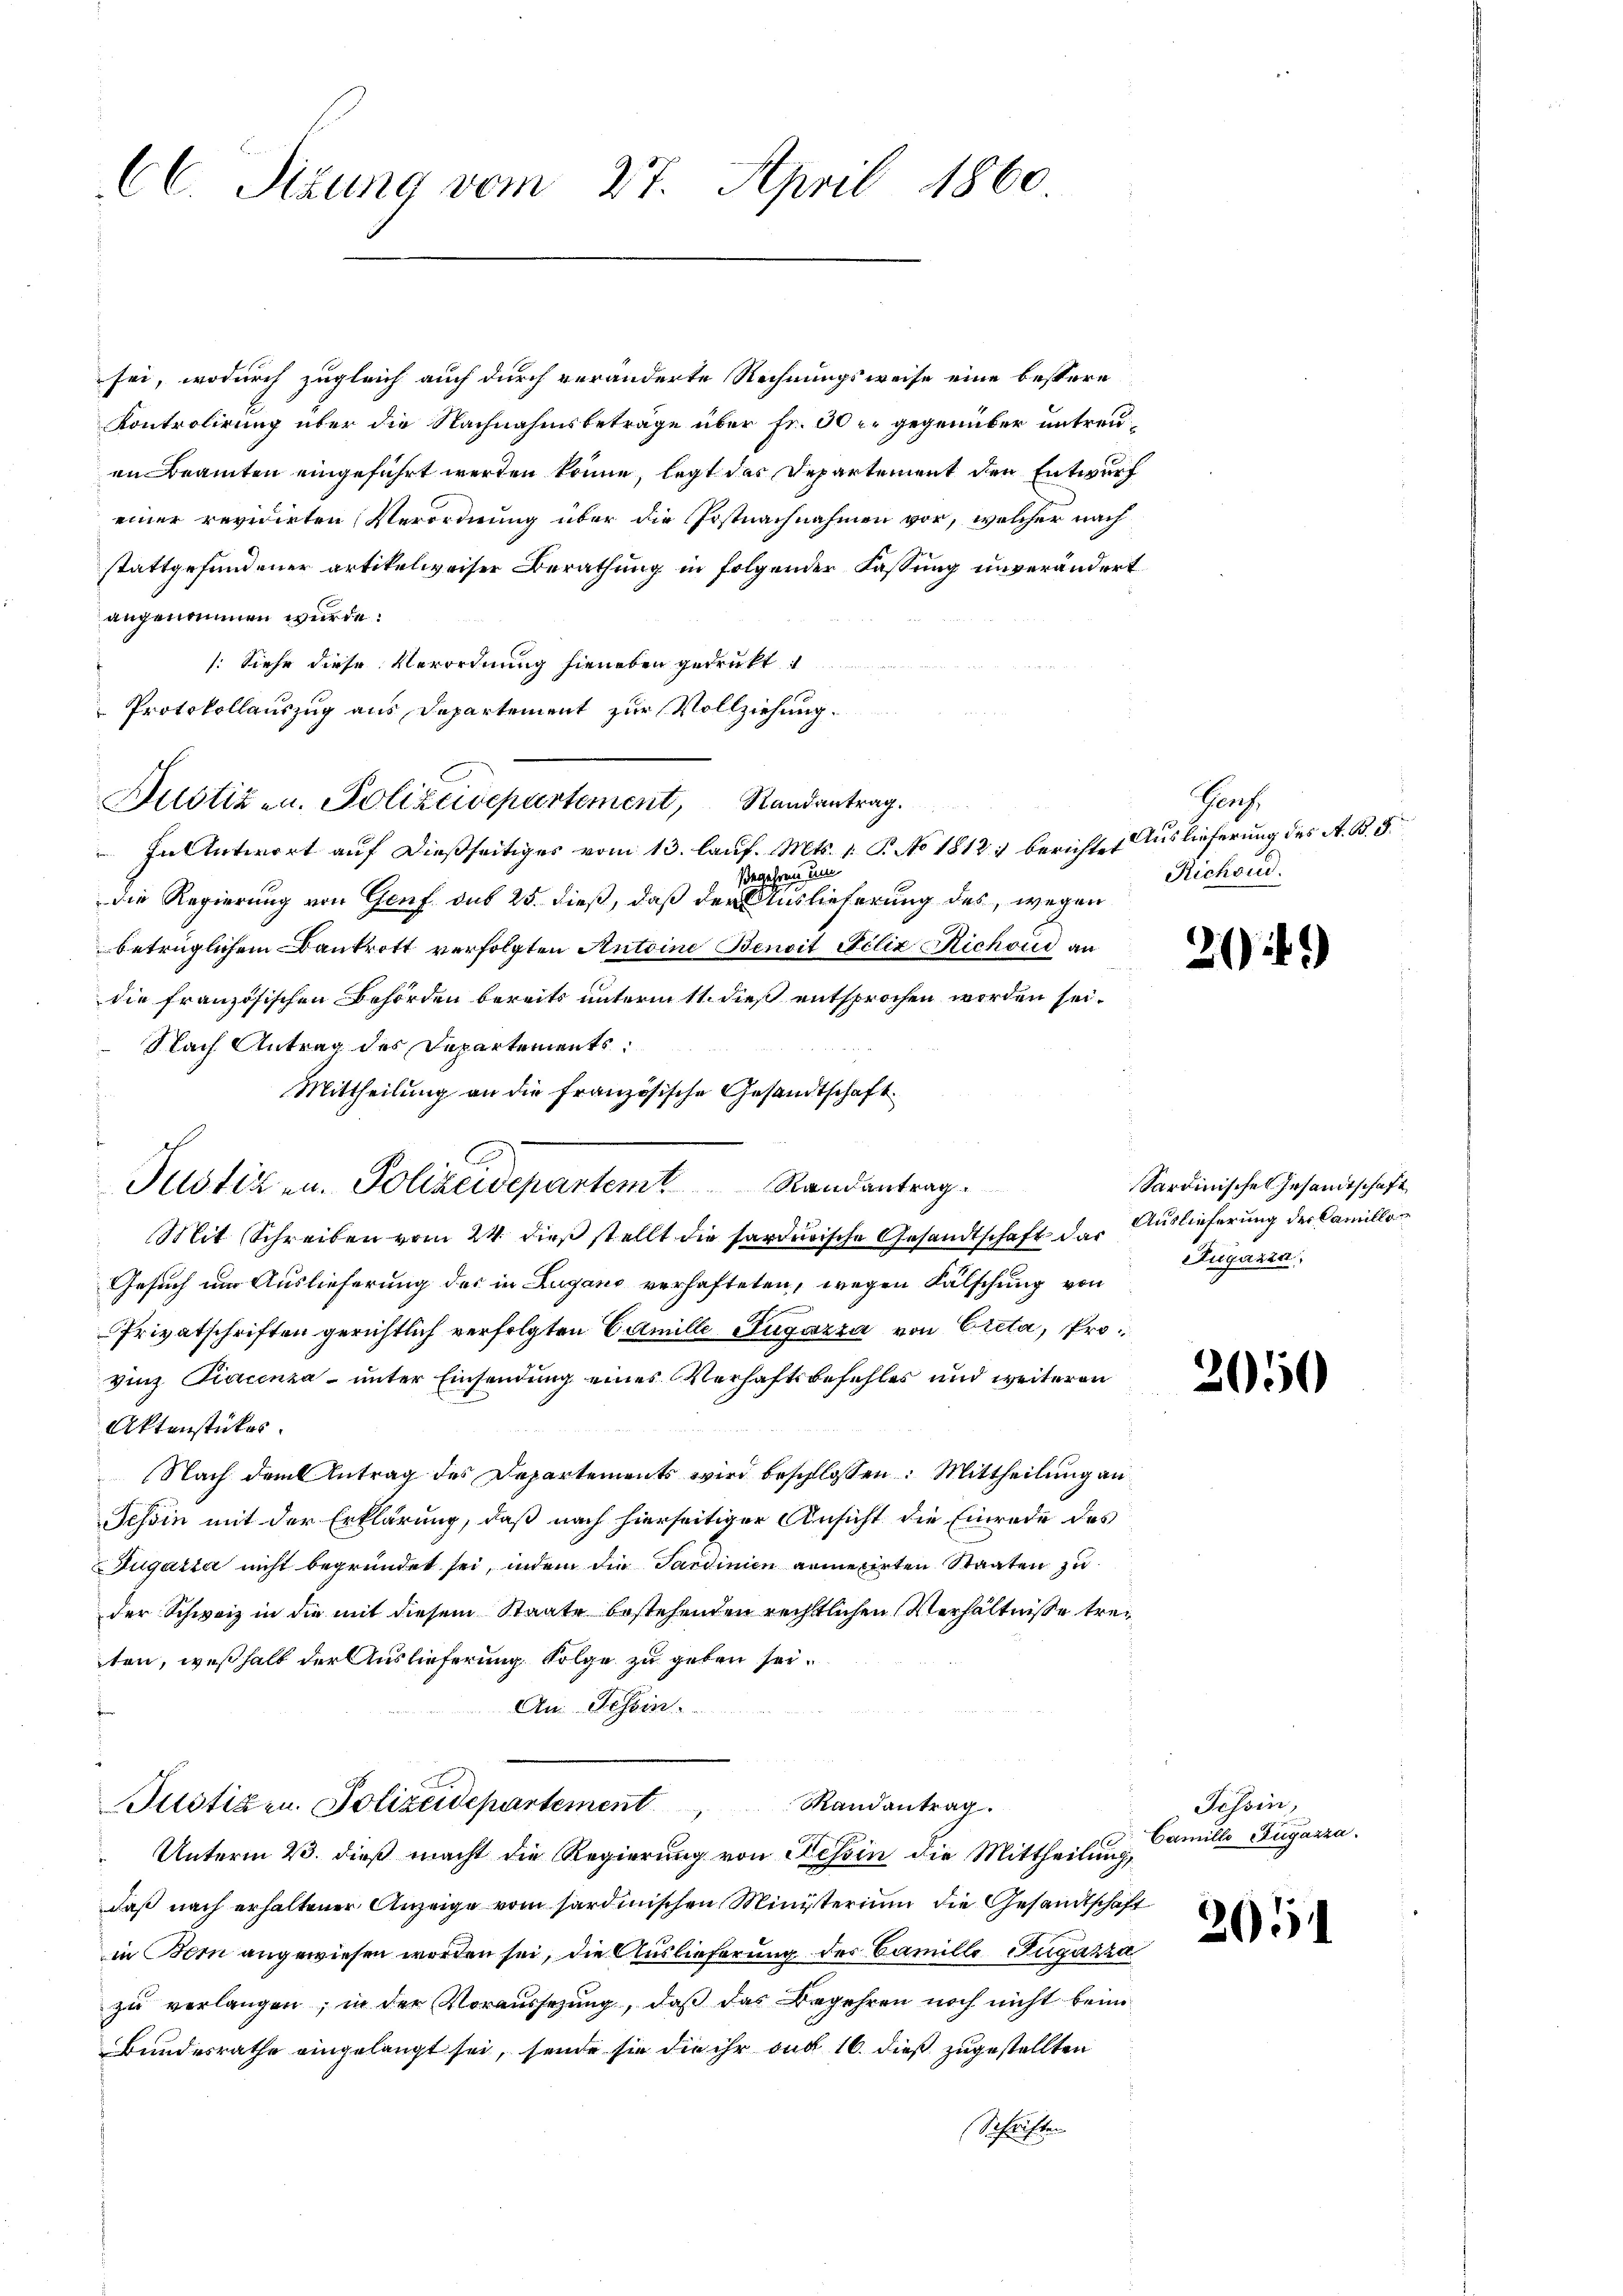
CC. Sitzung vom 27. April 1860

sei, wodurch zugleich auch durch veränderte Rechnungsweise eine bestere
Kontrolirung über die Nachnahmsbeträge über Fr. 30 r. gegenüber untreuen Beamten eingeführt werden könne, legt das Departement den Entwurf
einer revidirten Verordnung über die Postnachnahmen vor, welcher nach
stattgefundener artikelweiser Berathung in folgender Fassung unverändert
angenommen wurde.
: Siehe diese Verordnung hieneben gedrukt
Protokollauszug aus Departement zur Vollziehung.
Justiz- u. Polizeisepartement, Randantrag.
 In Antwort auf dießseitiges vom 13. lauf. Mts. 1. P. No 1812 : berichte Auslieferung des A. B. 5.
Begehren um
die Regierung von Genf dus 25. dieß, daß der Auslieferung des, wegen
betrüglichem Bankrott verfolgten Antoine Benoit Felix Richoud an
die französischen Behörden bereits unterm 11. dieß entsprochen worden sei.
Nach Antrag des Departements:
Mittheilung an die französische Gesandtschaft
Justiz- u. Polizeidepartem Randantrag
Mit Schreiben vom 24. dieß stellt die sarderische Gesandtschaft das Auslieferung der Camillo¬
Gesuch um Auslieferung des in Lugano verhafteten, wegen Fälschung von
Privatschriften gerichtlich verfolgten Camille Zugazza von Creta, Provinz Piacenza unter Einsendung eines Verhaftsbefehles und weiteren
Aktenstückes.
Nach dem Antrag des Departements wird beschlossen: Mittheilung an
Tessin mit der Erklärung, daß nach hierseitiger Ansicht die Einrede des
Jugazza nicht begründet sei, indem die Sardinien armerirten Staaten zu
der Schweiz in die mit diesem Staate bestehenden rechtlichen Verhältnisse treten, weßhalb der Auslieferung Folge zu geben sei.
An Tessin.
Justizen. Polizeidepartement andantrag
Unterm 23. dieß macht die Regierung von Tessin die Mittheilung,
daß nach erhaltener Anzeige vom sardinischen Ministerium die Gesandtschaft
in Bern angewiesen worden sei, die Auslieferung der Camille Rugazza
zŭ verlangen, in der Voraussetzŭng, daβ das Begehren noch nicht beim
Bundesrathe eingelangt sei, sende sie die ihr auf 16. dieß zugestellten
Schriften

C

Prof.
Richoud.

2)

)

Sardinischen Gesandtschaft
Rugazza,

2050

Tessin,
Camille Fugazza

205